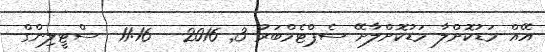
އޭއް މަޑުކޮށްލާ މަޑުކޮށްލާށޭ ސެޕްޓެމްބަރު 3